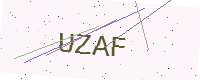
Text: UZAF